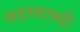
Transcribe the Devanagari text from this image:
सहस्‍त्राब्दी